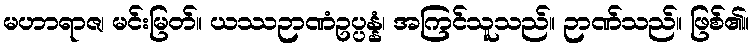
မဟာရာဇ၊ မင်းမြတ်။ ယဿဉာဏံဥပ္ပန္နံ၊ အကြင်သူသည်။ ဉာဏ်သည်။ ဖြစ်၏။